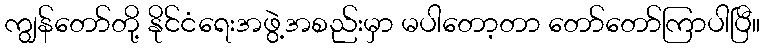
ကျွန်တော်တို့ နိုင်ငံရေးအဖွဲ့အစည်းမှာ မပါတော့တာ တော်တော်ကြာပါပြီ။